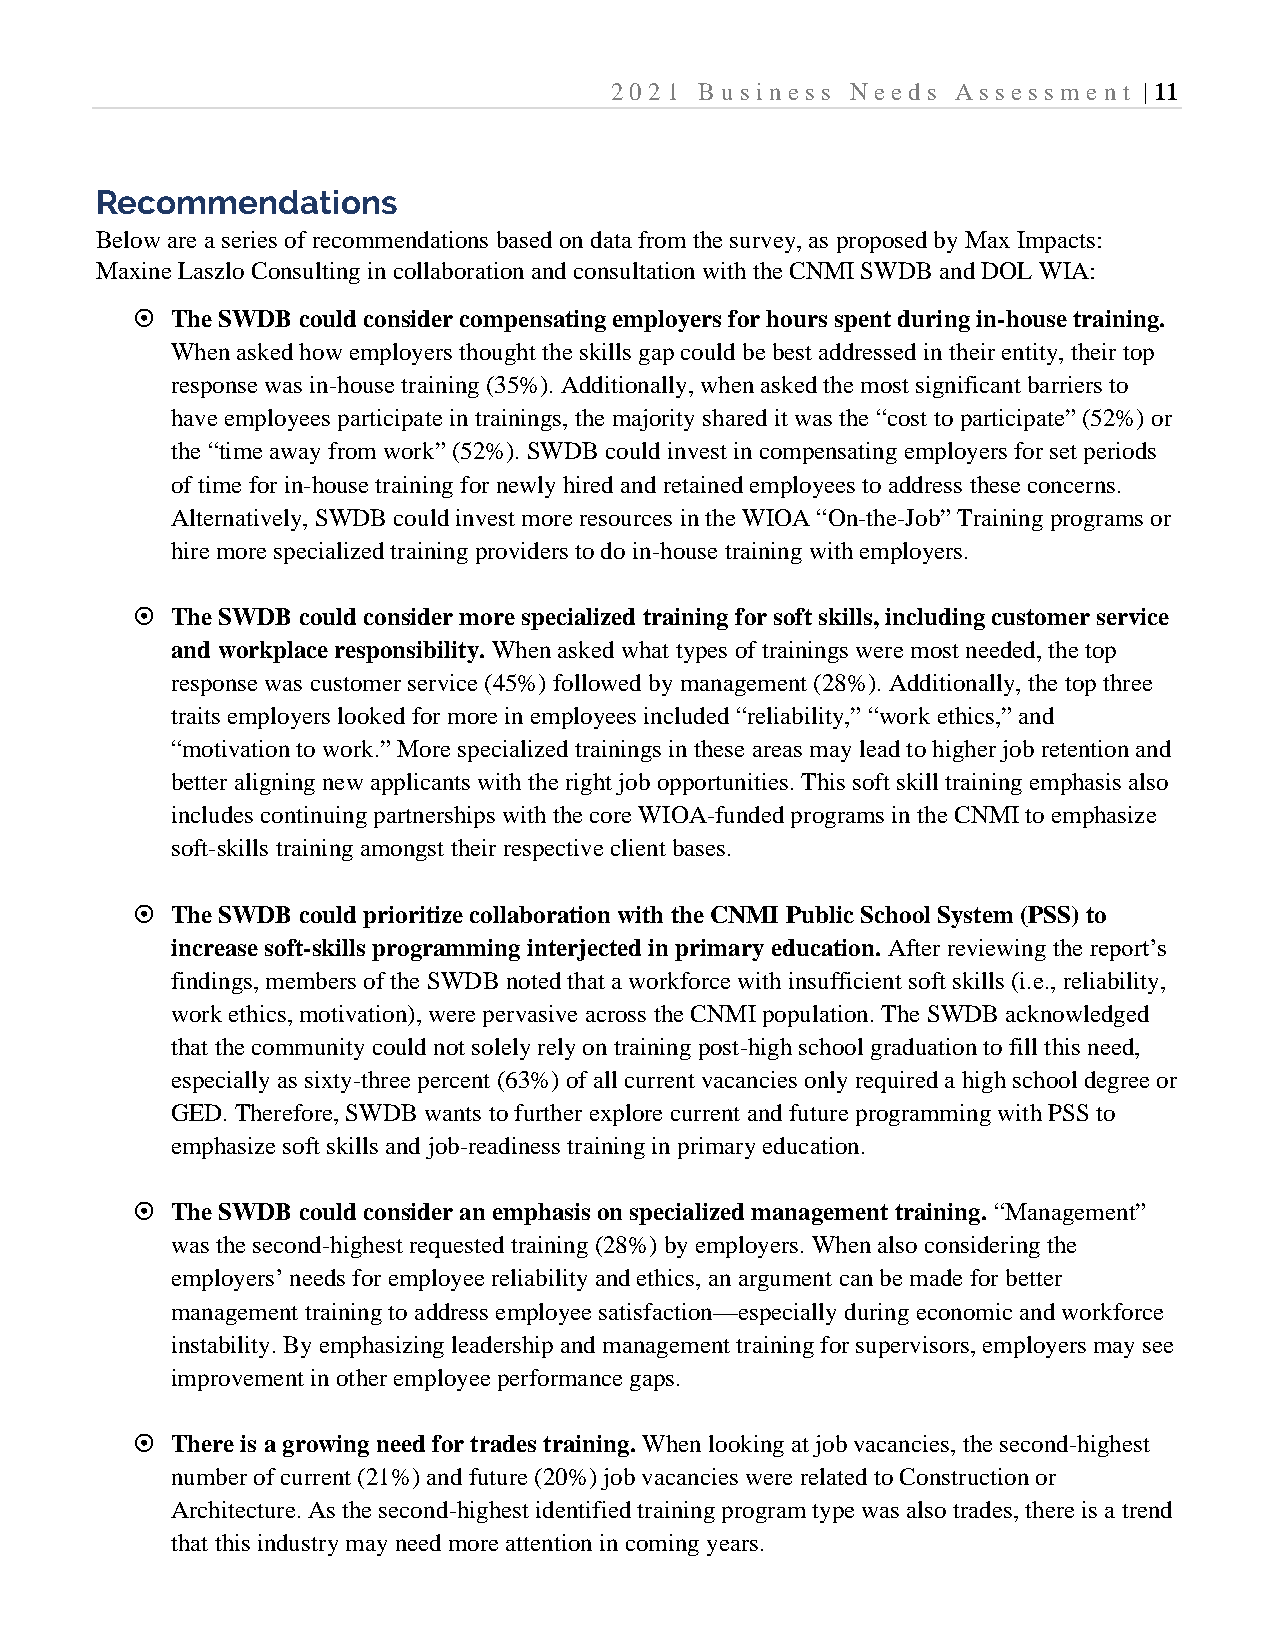
2021  B usi ness Needs Assessm  e nt | 11
 Recommendations
 Below are a series of recommendations based on data from the survey, as proposed by Max Impacts:
 Maxine Laszlo Consulting in collaboration and consultation with the CNMI SWDB and DOL WIA:
  The SWDB could consider compensating employers for hours spent during in-house training.
 When asked how employers thought the skills gap could be best addressed in their entity, their top
 response was in-house training (35%). Additionally, when asked the most significant barriers to
 have employees participate in trainings, the majority shared it was the “cost to participate” (52%) or
 the “time away from work” (52%). SWDB could invest in compensating employers for set periods
 of time for in-house training for newly hired and retained employees to address these concerns.
 Alternatively, SWDB could invest more resources in the WIOA “On-the-Job” Training programs or
 hire more specialized training providers to do in-house training with employers.
  The SWDB could consider more specialized training for soft skills, including customer service
 and workplace responsibility. When asked what types of trainings were most needed, the top
 response was customer service (45%) followed by management (28%). Additionally, the top three
 traits employers looked for more in employees included “reliability,” “work ethics,” and
 “motivation to work.” More specialized trainings in these areas may lead to higher job retention and
 better aligning new applicants with the right job opportunities. This soft skill training emphasis also
 includes continuing partnerships with the core WIOA-funded programs in the CNMI to emphasize
 soft-skills training amongst their respective client bases.
  The SWDB could prioritize collaboration with the CNMI Public School System (PSS) to
 increase soft-skills programming interjected in primary education. After reviewing the report’s
 findings, members of the SWDB noted that a workforce with insufficient soft skills (i.e., reliability,
 work ethics, motivation), were pervasive across the CNMI population. The SWDB acknowledged
 that the community could not solely rely on training post-high school graduation to fill this need,
 especially as sixty-three percent (63%) of all current vacancies only required a high school degree or
 GED. Therefore, SWDB wants to further explore current and future programming with PSS to
 emphasize soft skills and job-readiness training in primary education.
  The SWDB could consider an emphasis on specialized management training. “Management”
 was the second-highest requested training (28%) by employers. When also considering the
 employers’ needs for employee reliability and ethics, an argument can be made for better
 management training to address employee satisfaction—especially during economic and workforce
 instability. By emphasizing leadership and management training for supervisors, employers may see
 improvement in other employee performance gaps.
  There is a growing need for trades training. When looking at job vacancies, the second-highest
 number of current (21%) and future (20%) job vacancies were related to Construction or
 Architecture. As the second-highest identified training program type was also trades, there is a trend
 that this industry may need more attention in coming years.